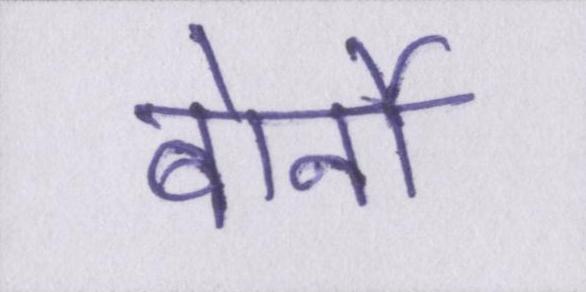
बोर्नो